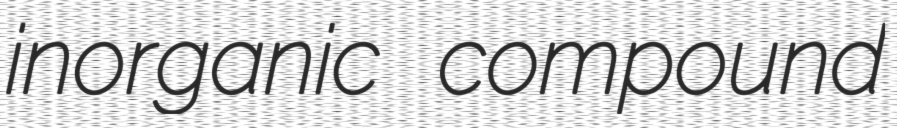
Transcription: inorganic compound